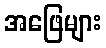
အဖြေများ